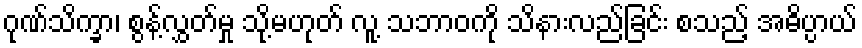
ဂုဏ်သိက္ခာ၊ စွန့်လွှတ်မှု သို့မဟုတ် လူ့ သဘာဝကို သိနားလည်ခြင်း စသည့် အဓိပ္ပာယ်